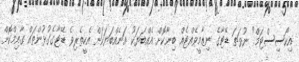
އިކޯސިސްޓަމް" ނުވަތަ ޑޭޓާގެ ނިޒާމީވެއްޓެއް ބިނާކޮށް އެއްބަޔަކު އަނެއްބަޔަކަށް އެހީތެރިވެ ޑޭޓާގެގުޅުންތައް ގާއިމްކޮށް